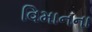
વિમાનના